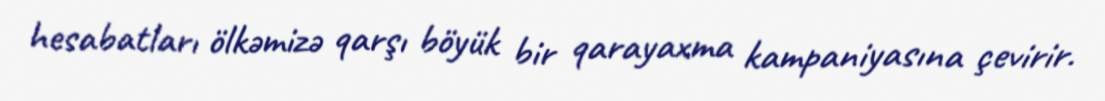
hesabatları ölkəmizə qarşı böyük bir qarayaxma kampaniyasına çevirir.